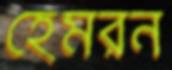
হেমরন